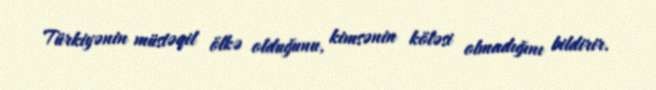
Türkiyənin müstəqil ölkə olduğunu, kimsənin köləsi olmadığını bildirir.